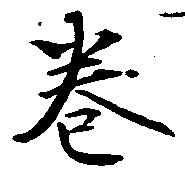
巻